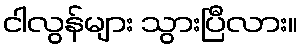
ငါလွန်များ သွားပြီလား။